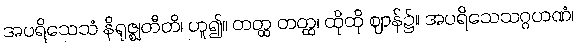
အပရိသေသံ နိရုဇ္ဈတီတိ၊ ဟူ၍။ တတ္ထ တတ္ထ၊ ထိုထို ဈာန်၌။ အပရိသေသဂ္ဂဟဏံ၊